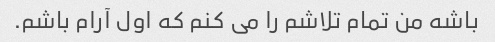
باشه من تمام تلاشم را می کنم که اول آرام باشم.